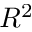
R ^ { 2 }